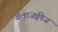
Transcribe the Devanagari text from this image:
वेलाजक्वीज